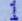
1